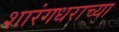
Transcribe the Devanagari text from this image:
शारंगधराच्या